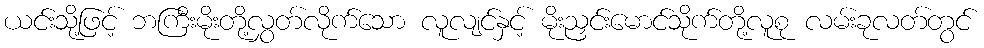
ယင်းသို့ဖြင့် ဘကြီးမိုးတို့လွှတ်လိုက်သော လူလျင်နှင့် မိုးညှင်းမောင်သိုက်တို့လူစု လမ်းခုလတ်တွင်